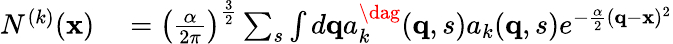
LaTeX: \begin{array}{rl}{N^{(k)}(\mathbf{x})}&{{}=\left(\frac{\alpha}{2\pi}\right)^{\frac{3}{2}}\sum_{s}\int d\mathbf{q}a_{k}^{\dag}(\mathbf{q},s)a_{k}(\mathbf{q},s)e^{-{\frac{\alpha}{2}}(\mathbf{q}-\mathbf{x})^{2}}}\end{array}